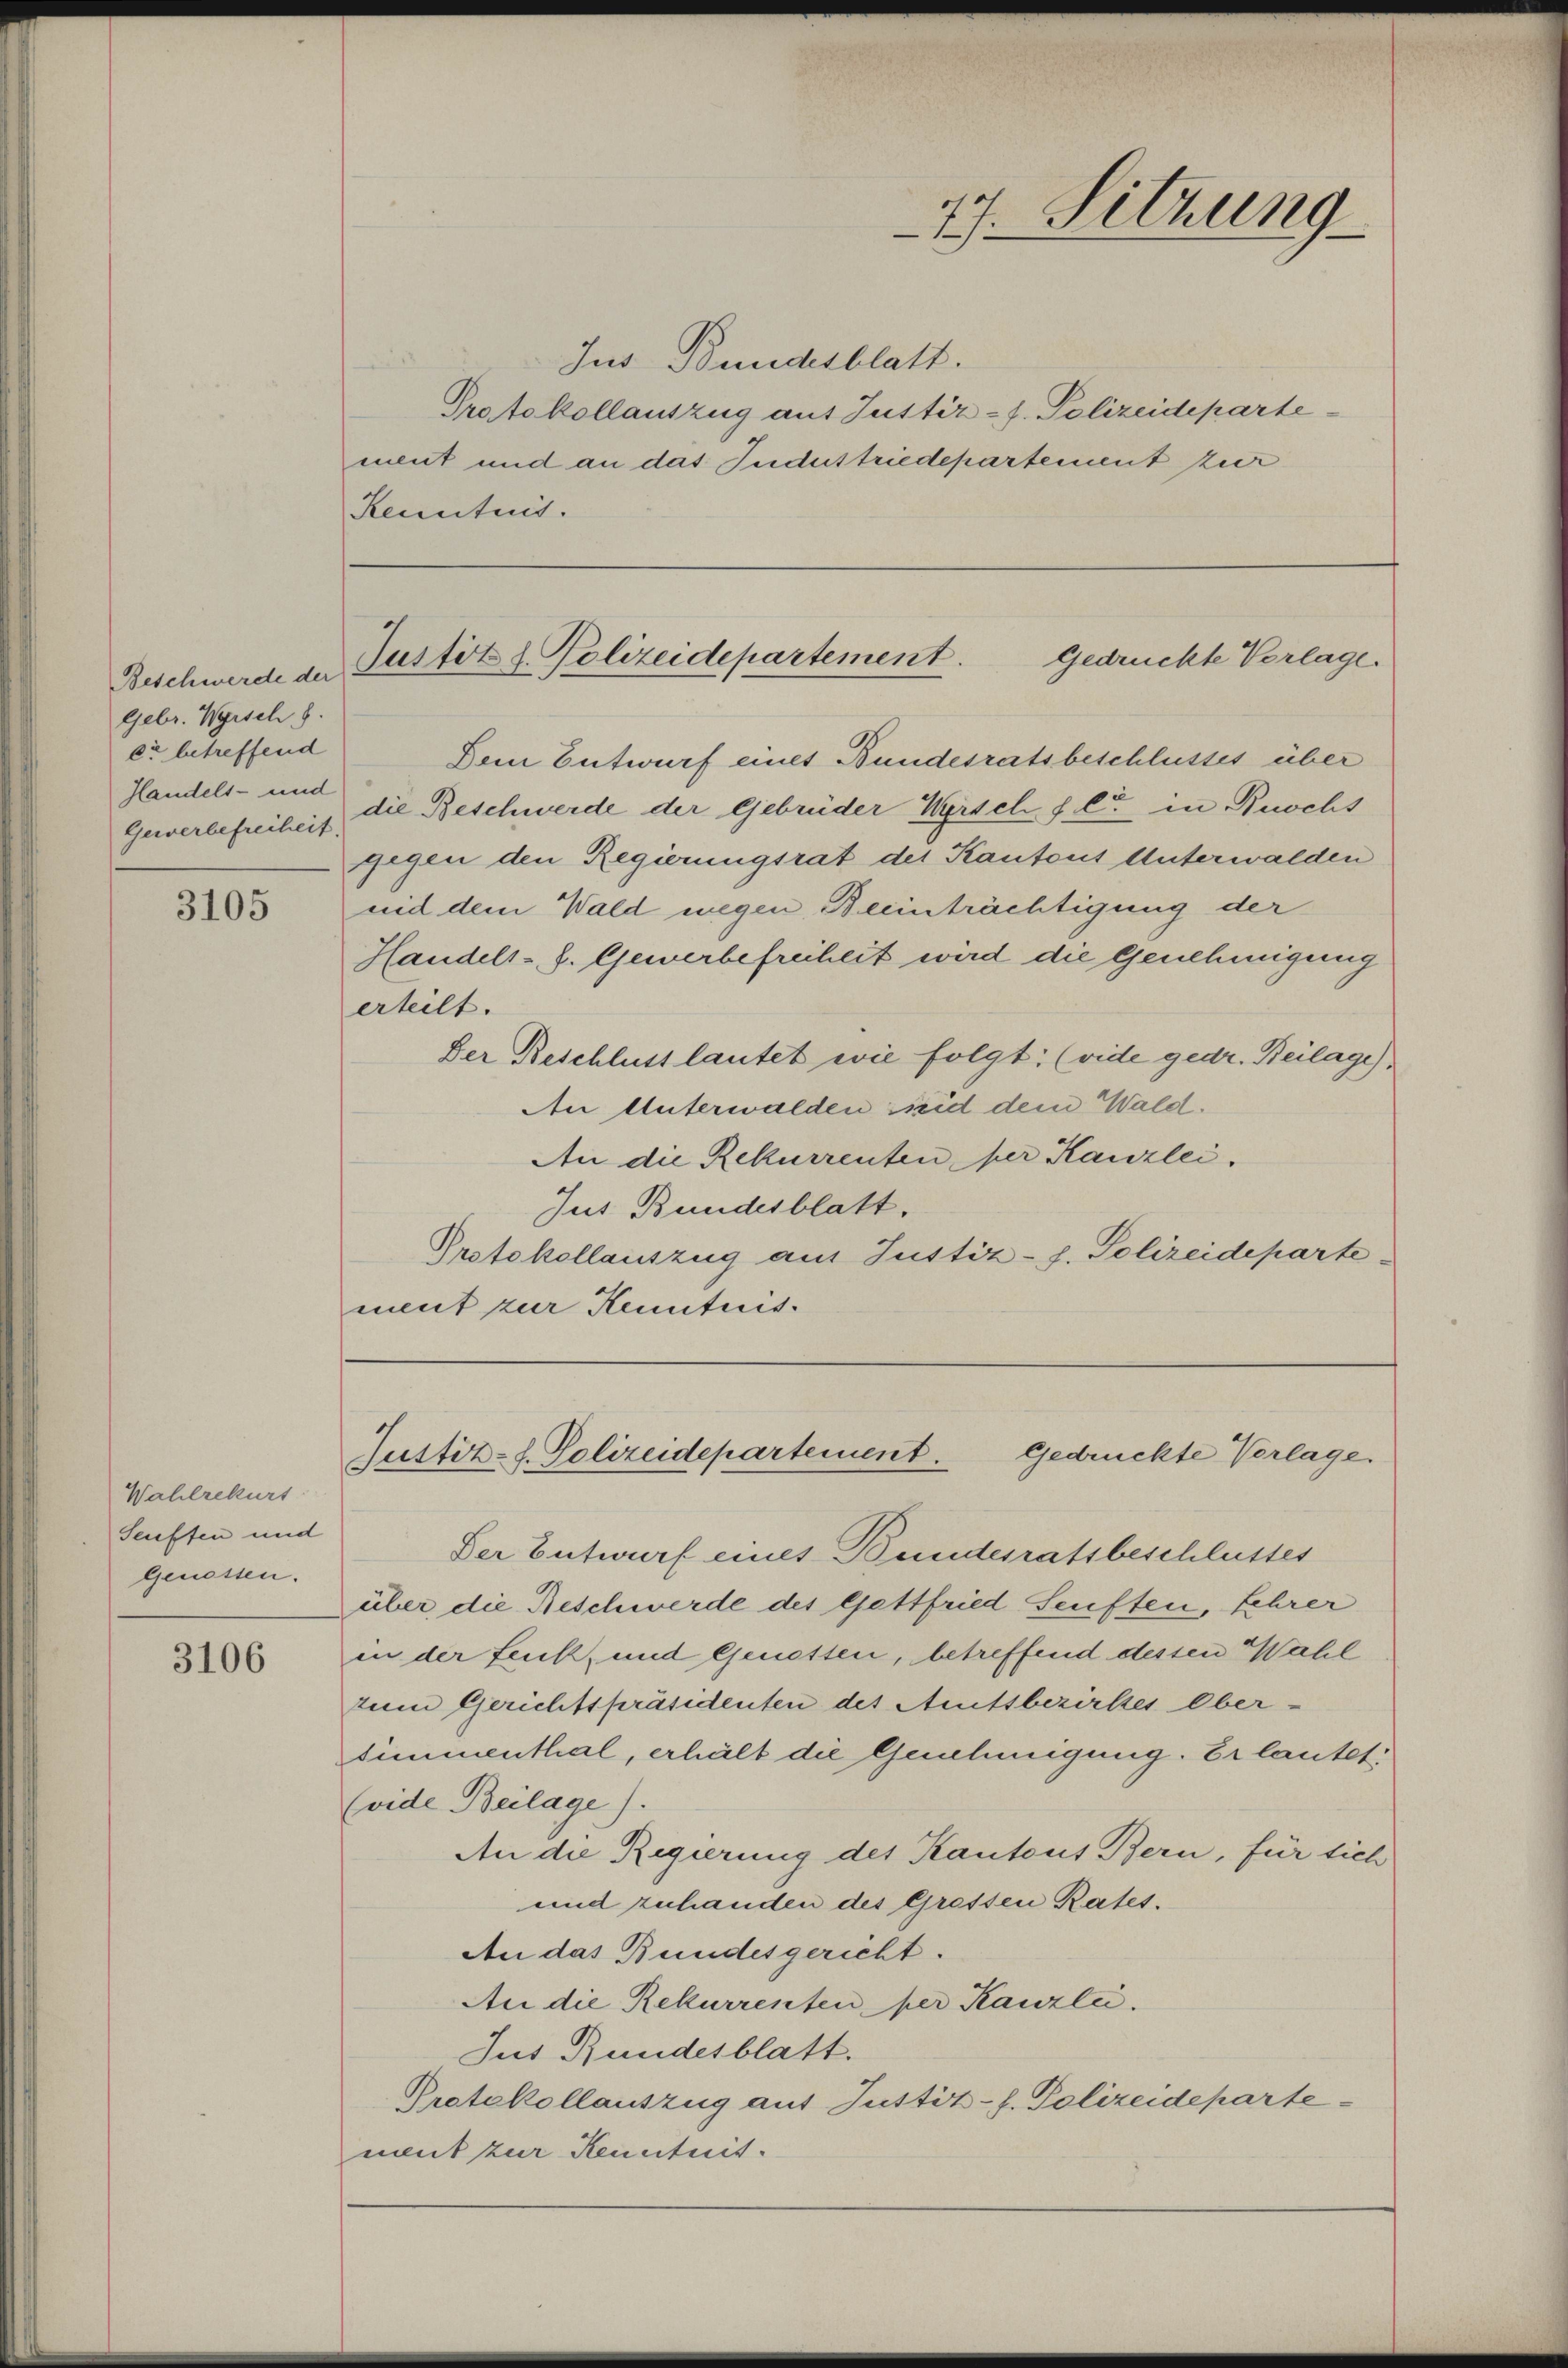
Beschwerde der
Gebr. Wyrsch
er betreffend
Handels- und
Gewerbefreiheit

3105

Wahlrekurs
Seuffen und
genossen.

3106

Jus Bundesblatt.
Protokollauszug aus Justiz-J. Polizeideparte
ment und an das Judustriedepartement zuer
Kenntnis.

Dem Entwurf eines Bundesratsbeschlusses über
die Beschwerde der Gebrüder Warsch f. C in Buocht
gegen den Regierungsrat des Kantons Unterwalden
mid dem Wald wegen, Beinträchtigung der
Handels- s. Gewerbefreiheit wird die Genehmigung
erteilt.
Der Beschluss lautet wie folgt: (vide gedr. Beilage).
An Unterwalden seid dem Wald.
An die Rekurrenten per Kanzlei.
Jus Bundesblatt.
Protokollauszug aus Justiz-J. Polizeideparte
ment zur Kenntnis.

77. Sitzung

Justitl. Polizeidepartement.
Gedrückte Vorlage.

Justiz-J. Polizeidepartement.
Gedrückte Vorlage.

Der Entwurf eines Bundesratsbeschlusses
über die Beschwerde des Gettfried Senften, Lehrer
in der Feuck, und Genossen, betreffend dessen Wahl
zum Gerichtspräsidenten des Amtsbezirkes Ober-
simmenthal, erhält die Genehmigung. Er lautet:
(vide Beilage).
An die Regierung des Kantons Bern, für sich
und zuhanden des Grossen Rates.
An das Bundesgericht.
An die Rekurrenten per Kanzli.
Jus Bundesblatt.
Protokollauszug auf Justiz-J. Polizeideparte
nent zur Kenntnit.